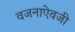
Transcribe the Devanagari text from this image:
वजनाऐवजी